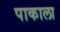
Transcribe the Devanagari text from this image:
पाकाला